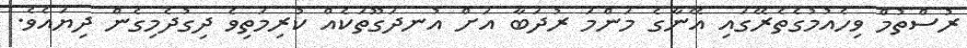
ރުސްތުމް ވިހެއުމުގެތެރޭގައި އޭނާގެ މަންމަ ރުދަބާ އަށް އުނދަގޫތަކެއް ކުރިމަތިވެ ދިގުދެމިގެން ދިޔައެވެ.